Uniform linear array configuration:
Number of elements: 8
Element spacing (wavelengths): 1
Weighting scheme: kaiser
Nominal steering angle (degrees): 15
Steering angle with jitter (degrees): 15.037
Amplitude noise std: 0.05
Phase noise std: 0.05

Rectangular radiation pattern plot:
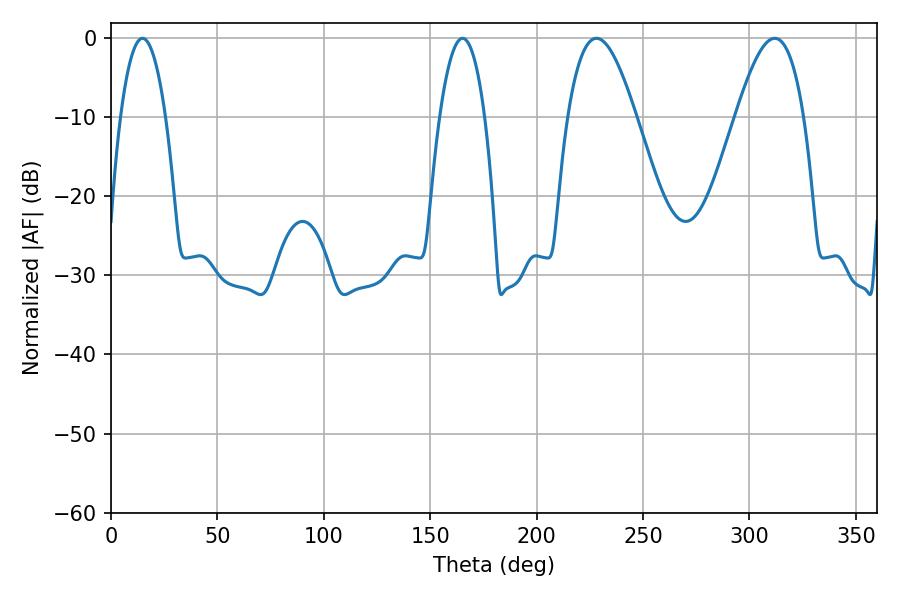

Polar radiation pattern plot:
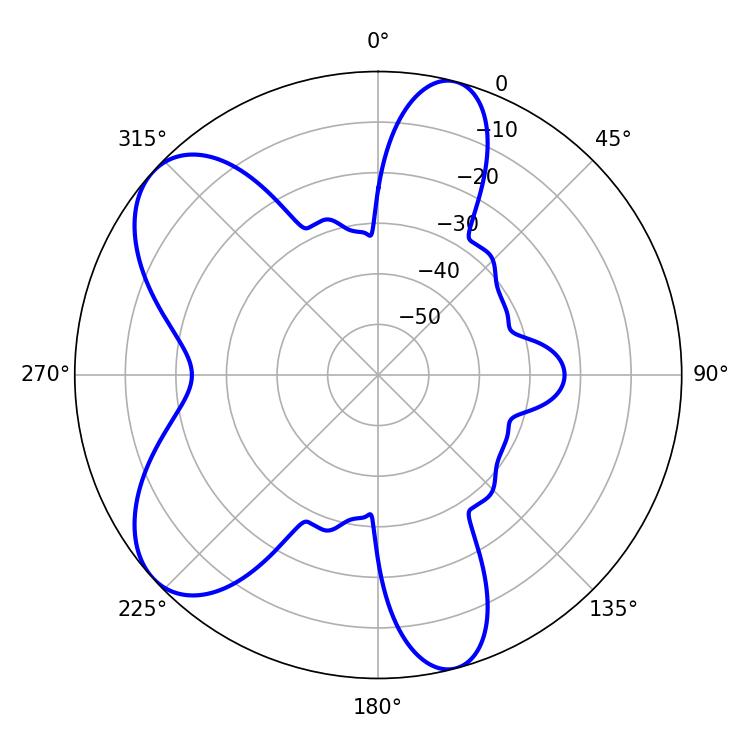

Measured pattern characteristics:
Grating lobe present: TRUE
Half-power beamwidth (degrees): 17.46
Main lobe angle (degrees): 228.06